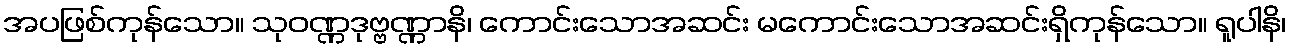
အပဖြစ်ကုန်သော။ သုဝဏ္ဏဒုဗ္ဗဏ္ဏာနိ၊ ကောင်းသောအဆင်း မကောင်းသောအဆင်းရှိကုန်သော။ ရူပါနိ၊